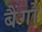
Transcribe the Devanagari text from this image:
बैंगो